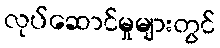
လုပ်ဆောင်မှုများတွင်